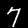
Digit: 7